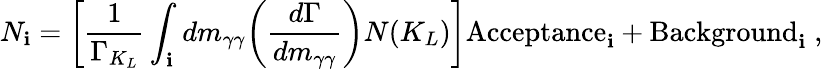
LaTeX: N_{\mathbf{i}}=\biggl[{\frac{{1}}{{\Gamma_{K_{L}}}}}\int_{\mathbf{i}}dm_{\gamma\gamma}\biggl({\frac{{d\Gamma}}{{dm_{\gamma\gamma}}}}\biggr)N(K_{L})\biggr]\mathrm{{Acceptance}}_{\mathbf{i}}+\mathrm{{Background}}_{\mathbf{i}}\; ,